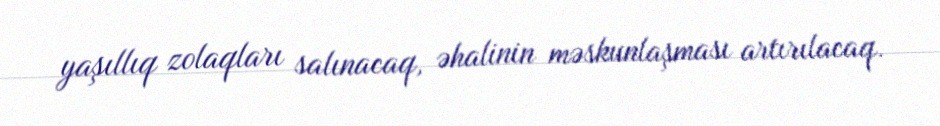
yaşıllıq zolaqları salınacaq, əhalinin məskunlaşması artırılacaq.